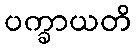
ပက္ခာယတိ